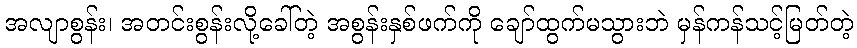
အလျာစွန်း၊ အတင်းစွန်းလို့ခေါ်တဲ့ အစွန်းနှစ်ဖက်ကို ချော်ထွက်မသွားဘဲ မှန်ကန်သင့်မြတ်တဲ့